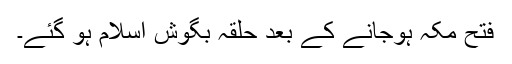
فتح مکہ ہوجانے کے بعد حلقہ بگوش اسلام ہو گئے۔